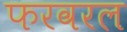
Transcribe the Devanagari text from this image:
फरवरल